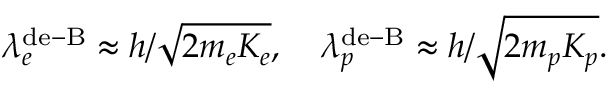
\lambda _ { e } ^ { \mathrm { d e - B } } \approx h / \sqrt { 2 m _ { e } K _ { e } } , \quad \lambda _ { p } ^ { \mathrm { d e - B } } \approx h / \sqrt { 2 m _ { p } K _ { p } } .